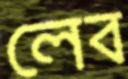
লেব